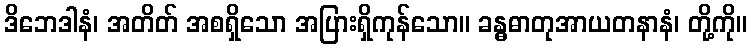
ဒိဘေဒါနံ၊ အတိတ် အစရှိသော အပြားရှိကုန်သော။ ခန္ဓဓာတုအာယတနာနံ၊ တို့ကို။